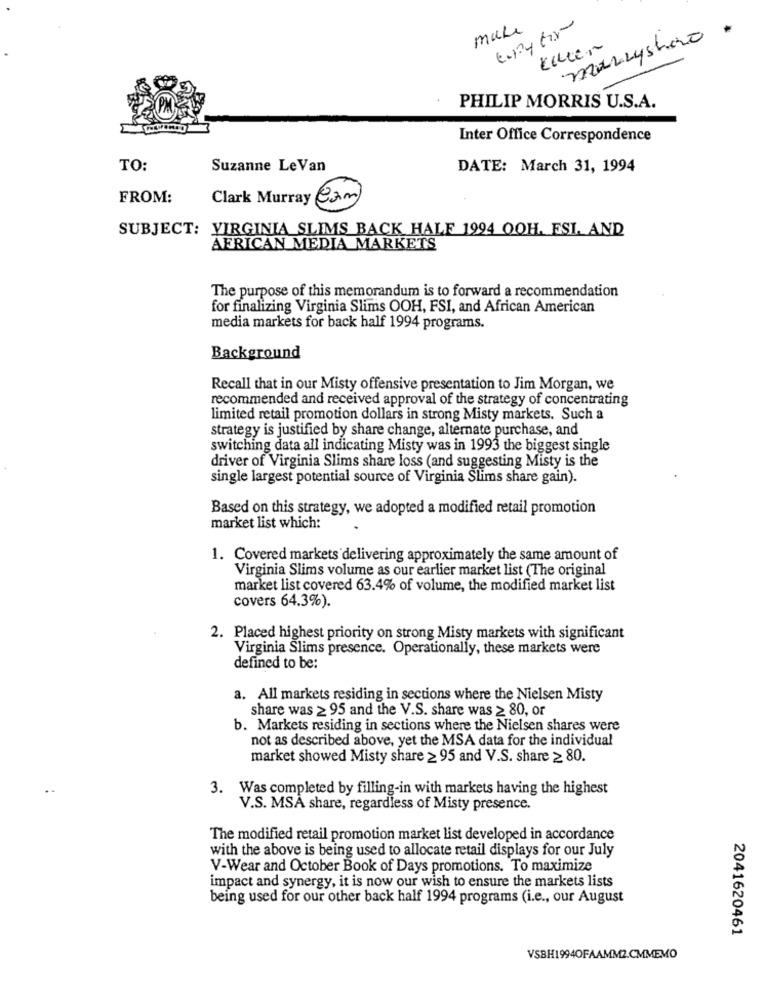
make
marcysho .
Kiler
PHILIP MORRIS U.S.A.
Inter Office Correspondence
TO:
Suzanne LeVan
DATE: March 31, 1994
FROM:
Clark Murray Cam
SUBJECT: VIRGINIA SLIMS BACK HALF 1994 OOH. ESI. AND
AFRICAN MEDIA MARKETS
The purpose of this memorandum is to forward a recommendation
for finalizing Virginia Slims OOH, FSI, and African American
media markets for back half 1994 programs.
Background
Recall that in our Misty offensive presentation to Jim Morgan, we
recommended and received approval of the strategy of concentrating
limited retail promotion dollars in strong Misty markets. Such a
strategy is justified by share change, alternate purchase, and
switching data all indicating Misty was in 1993 the biggest single
driver of Virginia Slims share loss (and suggesting Misty is the
single largest potential source of Virginia Slims share gain).
Based on this strategy, we adopted a modified retail promotion
market list which:
1. Covered markets delivering approximately the same amount of
Virginia Slims volume as our earlier market list (The original
market list covered 63.4% of volume, the modified market list
covers 64.3%).
2. Placed highest priority on strong Misty markets with significant
Virginia Slims presence. Operationally, these markets were
defined to be:
a. All markets residing in sections where the Nielsen Misty
share was 2 95 and the V.S. share was 2 80, or
b. Markets residing in sections where the Nielsen shares were
not as described above, yet the MSA data for the individual
market showed Misty share 2 95 and V.S. share 2 80.
..
3. Was completed by filling-in with markets having the highest
V.S. MSÅ share, regardless of Misty presence.
The modified retail promotion market list developed in accordance
with the above is being used to allocate retail displays for our July
V-Wear and October Book of Days promotions. To maximize
impact and synergy, it is now our wish to ensure the markets lists
being used for our other back half 1994 programs (i.e ., our August
2041620461
VSBH1994OFAAMM2.CMMEMO